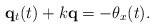
LaTeX: \begin{align*}\bold{q}_t(t)+k\bold{q}=-\theta_x(t).\end{align*}